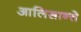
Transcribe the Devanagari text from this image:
आलिसान्ते